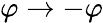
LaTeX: \varphi\rightarrow-\varphi